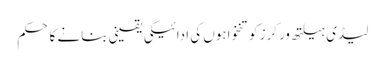
لیڈی ہیلتھ ورکرز کو تنخواہوں کی ادائیگی یقینی بنانے کا حکم